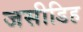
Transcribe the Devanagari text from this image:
जसीडिह